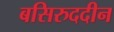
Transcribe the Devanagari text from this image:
बसिरुददीन